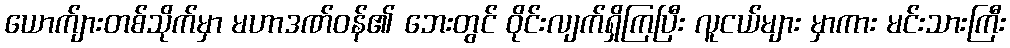
ယောက်ျားတစ်သိုက်မှာ မဟာဒဏ်ဝန်၏ ဘေးတွင် ဝိုင်းလျက်ရှိကြပြီး လူငယ်များ မှာကား မင်းသားကြီး